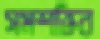
সমশক্তির